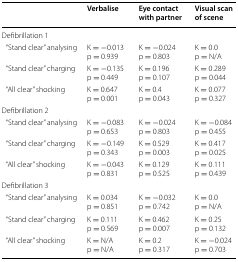
|  | Verbalise | Eye contact with partner | Visual scan of scene |
 | --- | --- | --- | --- |
 | <COLSPAN=4> Defibrillation 1 |
 | “Stand clear” analysing | K = −0.013p = 0.939 | K = −0.024p = 0.803 | K = 0.0p = N/A |
 | “Stand clear” charging | K = −0.135p = 0.449 | K = 0.196p = 0.107 | K = 0.289p = 0.044 |
 | “All clear” shocking | K = 0.647p = 0.001 | K = 0.4p = 0.043 | K = 0.077p = 0.327 |
 | <COLSPAN=4> Defibrillation 2 |
 | “Stand clear” analysing | K = −0.083p = 0.653 | K = −0.024p = 0.803 | K = −0.084p = 0.455 |
 | “Stand clear” charging | K = −0.149p = 0.343 | K = 0.529p = 0.003 | K = 0.417p = 0.025 |
 | “All clear” shocking | K = −0.043p = 0.831 | K = 0.129p = 0.525 | K = 0.111p = 0.439 |
 | <COLSPAN=4> Defibrillation 3 |
 | “Stand clear” analysing | K = 0.034p = 0.851 | K = −0.032p = 0.742 | K = 0.0p = N/A |
 | “Stand clear” charging | K = 0.111p = 0.569 | K = 0.462p = 0.007 | K = 0.25p = 0.132 |
 | “All clear” shocking | K = N/Ap = N/A | K = 0.2p = 0.317 | K = −0.024p = 0.703 |